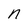
Character: n